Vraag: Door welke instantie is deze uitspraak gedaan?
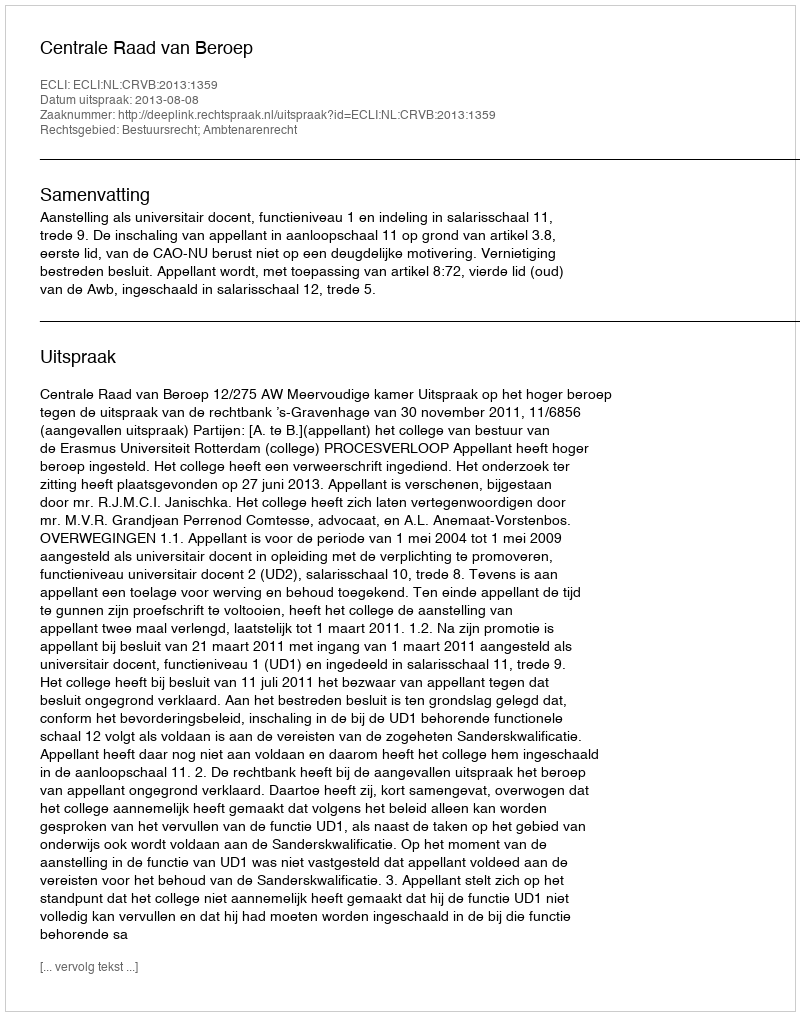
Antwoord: Centrale Raad van Beroep